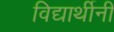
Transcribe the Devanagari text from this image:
विद्यार्थीनी